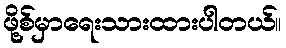
ဖို့စ်မှာရေးသားထားပါတယ်။